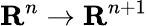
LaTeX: \mathbf{R}^{n}\to\mathbf{R}^{n+1}